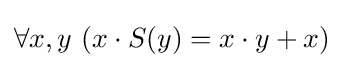
\forall x,y\ (x\cdot S(y)=x\cdot y+x)